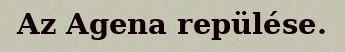
Az Agena repülése.